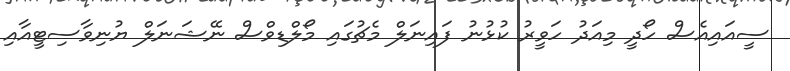
ސީއައިއެސް ހޯދީ މިއަދު ހަވީރު ކުޅުނު ފައިނަލް މެޗުގައި މޯލްޑިވްސް ނޭޝަނަލް ޔުނިވާސިޓީއާއި